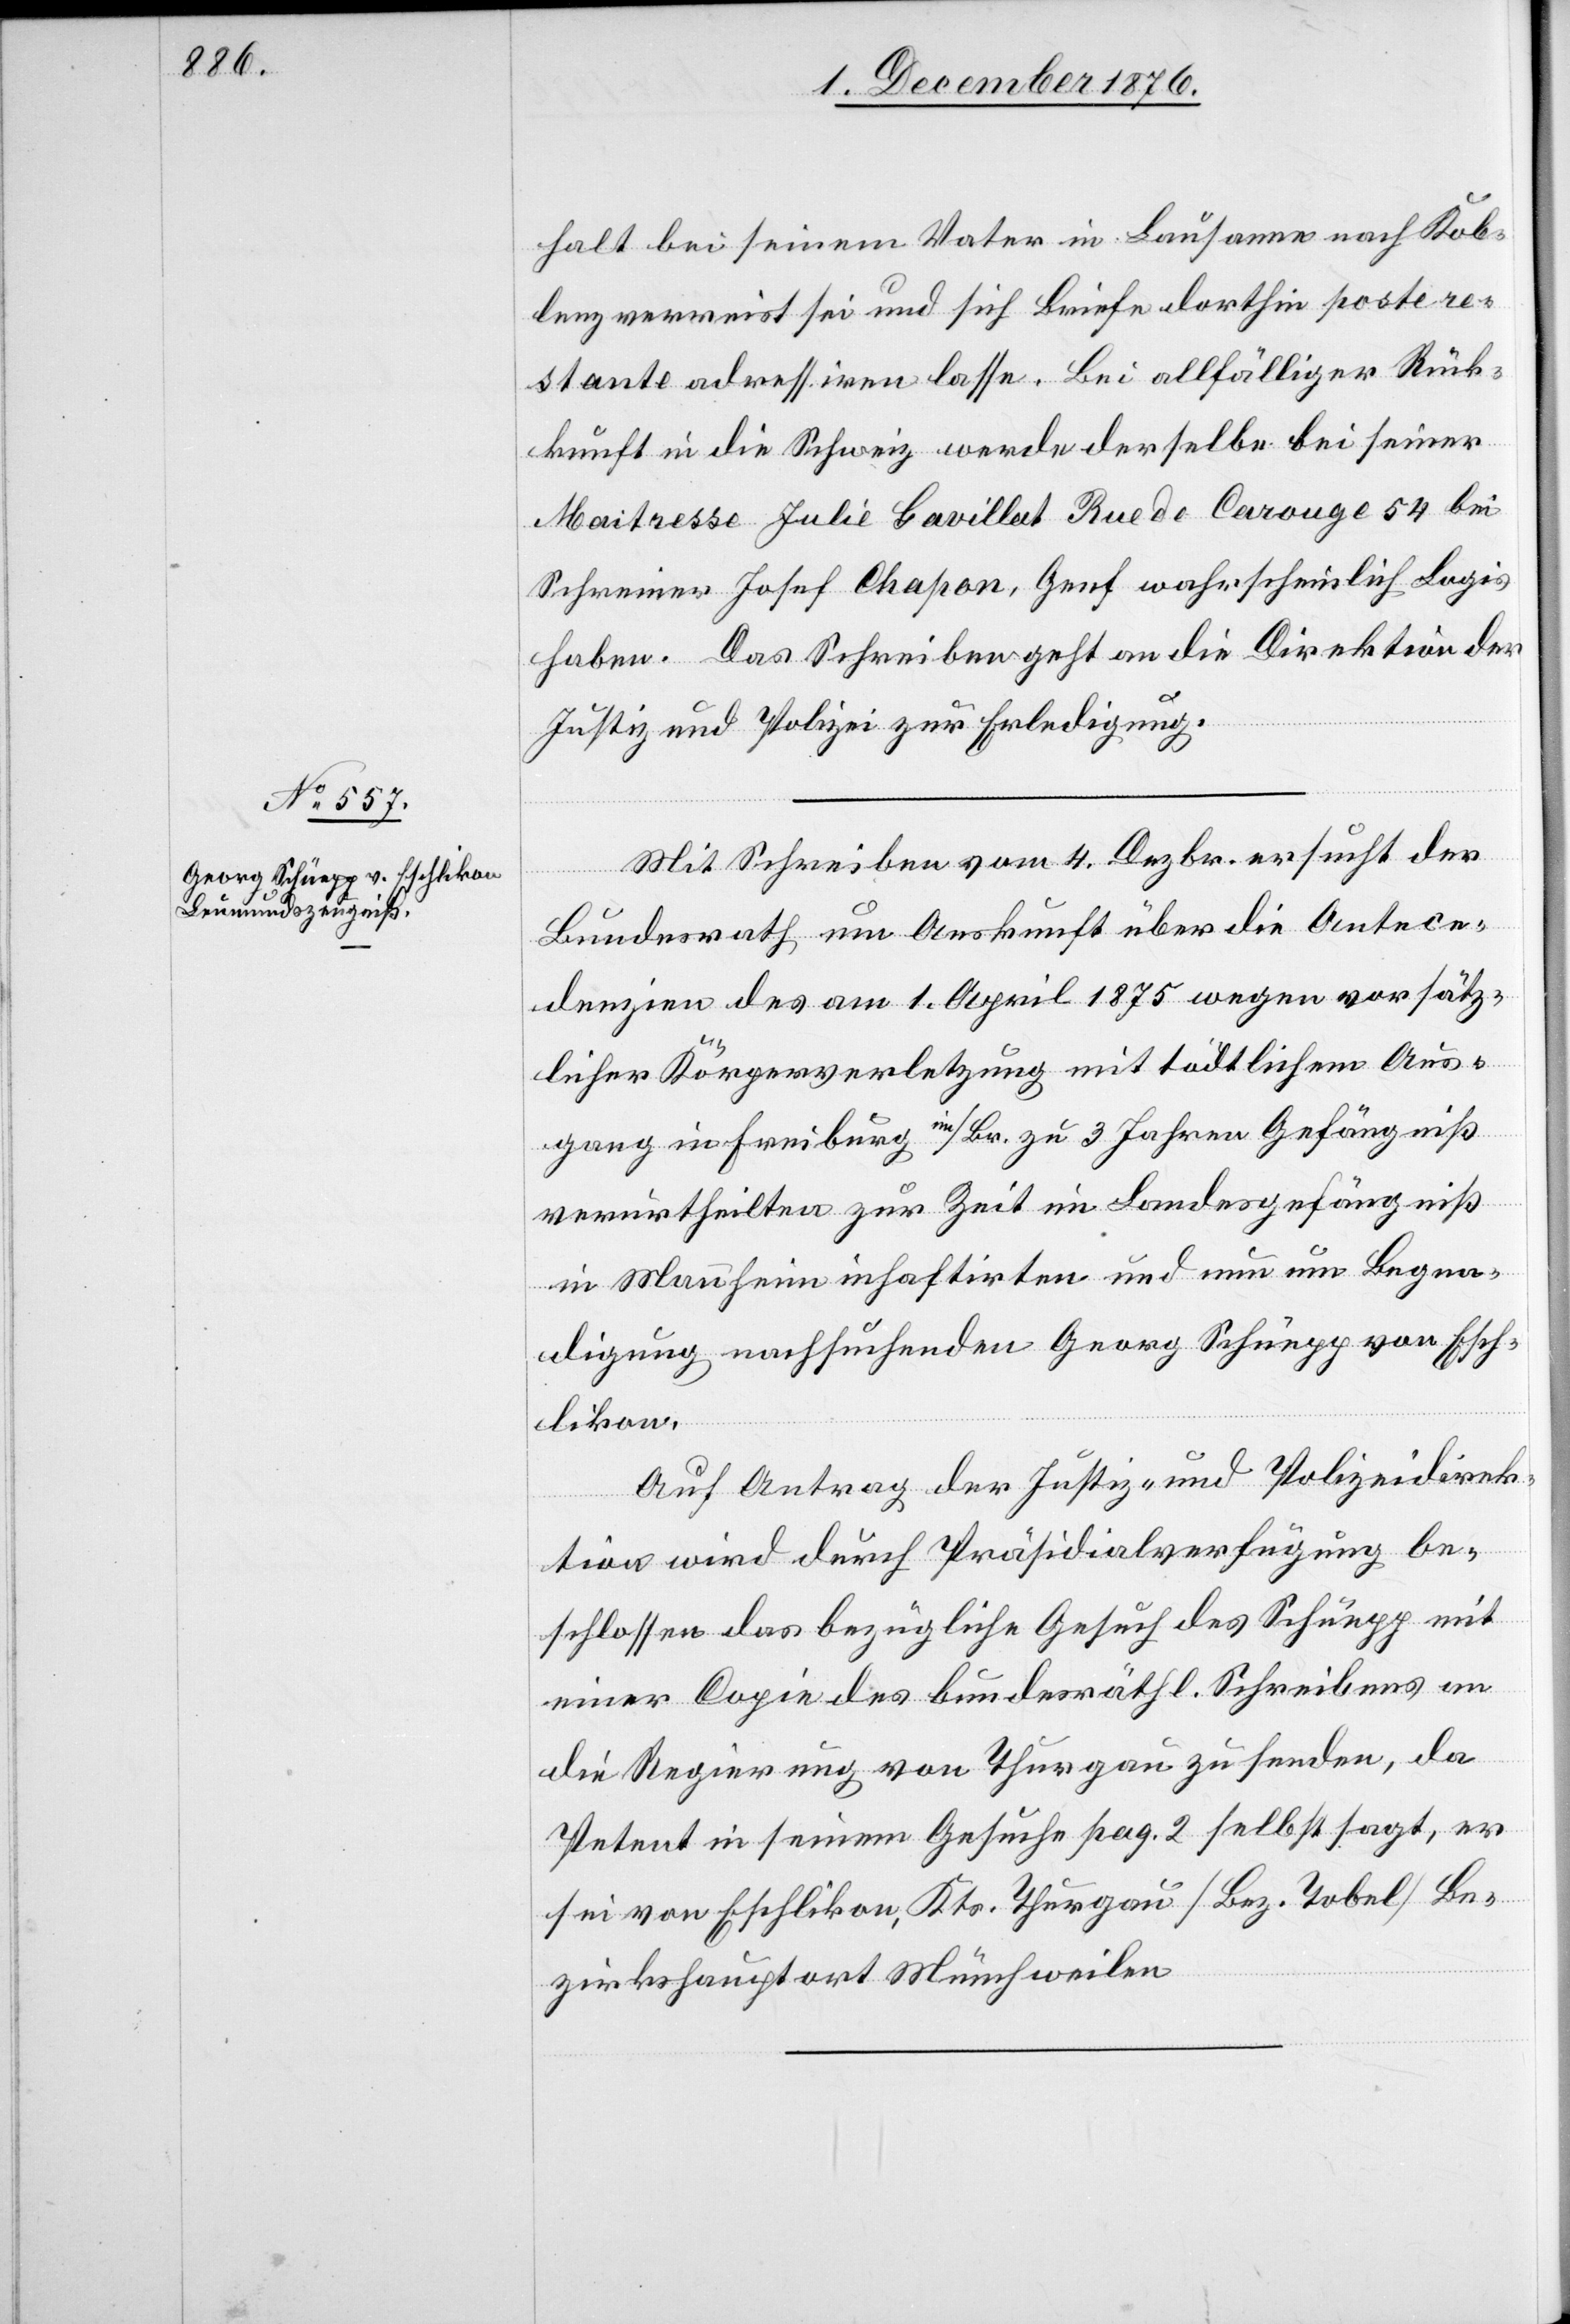
9. Dezember 1876.]
halt bei seinem Vater in Lausanne nach Kob¬
lenz verreist sei und sich Briefe dorthin poste re¬
stante adressiren lasse. Bei allfälliger Rück¬
kunft in die Schweiz werde derselbe bei seiner
Maitresse Julie Gavillet Rue de Carouge 54 bei
Schreiner Josef Chapon, Genf wahrscheinlich Logis
haben. Das Schreiben geht an die Direktion der
Justiz und Polizei zur Erledigung.
Mit Schreiben vom 4. Dezbr. ersucht der
Bundesrath um Auskunft über die Antece¬
denzien des am 1. April 1875 wegen vorsätz¬
licher Körperverletzung mit tödtlichem Aus¬
gang in Freiburg im/Br. zu 3 Jahren Gefängniß
verurtheilten zur Zeit im Landesgefängniß
in Mannheim inhaftirten und nun um Begna¬
digung nachsuchenden Georg Schüepp von Esch¬
likon.
Auf Antrag der Justiz- und Polizeidirek¬
tion wird durch Präsidialverfügung be¬
schlossen das bezügliche Gesuch des Schüepp mit
einer Copie des bundesräthl. Schreibens an
die Regierung von Thurgau zu senden, da
Petent in seinem Gesuche pag. 2 selbst sagt, er
sei von Eschlikon, Kts. Thurgau [Bez. Tobel] Be¬
zirkshauptort Münchwilen.